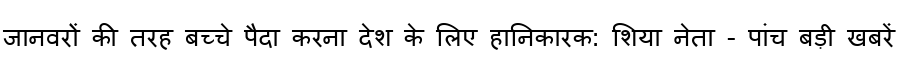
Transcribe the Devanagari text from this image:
जानवरों की तरह बच्चे पैदा करना देश के लिए हानिकारक: शिया नेता - पांच बड़ी खबरें